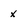
Character: x